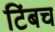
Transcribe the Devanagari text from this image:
टिंबच